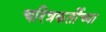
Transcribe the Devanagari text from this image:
चरित्रकर्तीच्या